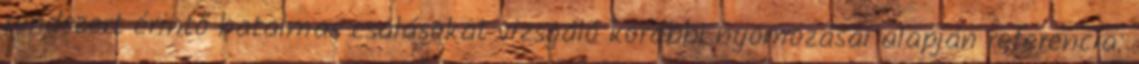
rendszert érintő hatalmas csalásokat vizsgáló korábbi nyomozásai alapján referencia: